Civil Veterinary Department Bihar reports 1936-40 - 1936-1940
Year: 1936
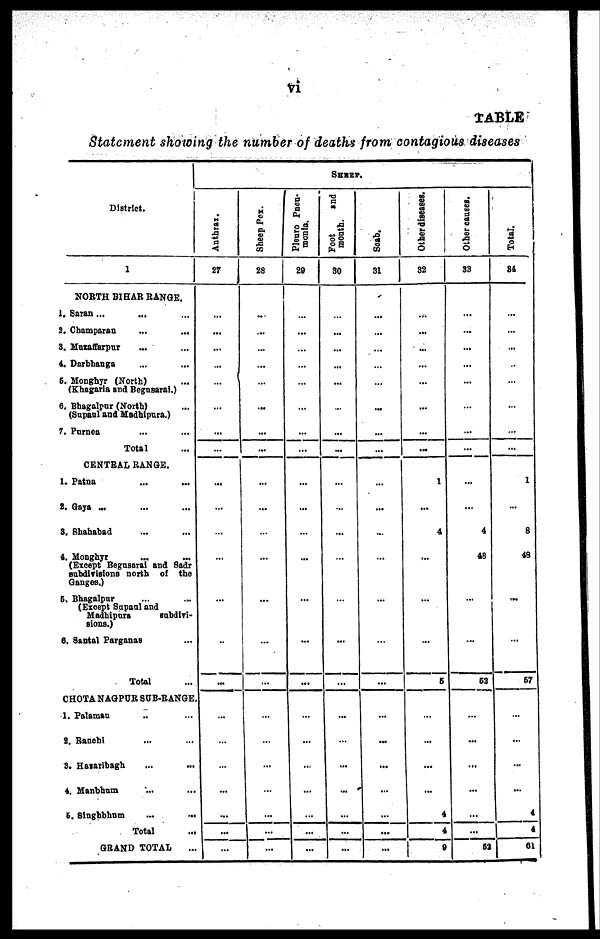
vi
TABLE
Statement showing the number of deaths from contagious diseases
District.
1
NORTH BIHAR RANGE.
1. Saran ... ... ...
2. Champaran ... ...
3. Mutaffarpur ... ...
4. Darbhanga ... ...
6. Monghyr (North) ...
(Khagaria and Begasarai.)
6. Bhagalpur (North) ...
(Supaul and Madhipura.)
7. Purnea ... ...
Total ...
CENTRAL RANGE.
1. Patna ... ...
2. Gaya ... ... ...
3. Shahabad ... ...
4. Monghyr
...
...
(Except Begnsarai and Sadr
subdivisions north of the
Ganges.)
5. Bhagalpur ... ...
(Except Supaul and
Madhipura
subdivi-
sions.)
6. Santal Parganas ...
Total
CHOTA NAGPUR SUE-RANGE.
1. Palaman ... ...
2. Ranchi ... ...
3. Hararibagh ... ...
4. Manbhum ... ...
6.
Singbbhum
...
...
Total
GRAND TOTAL ...
SHEEP.
Anthrax.
27
...
...
...
...
...
...
...
...
...
...
...
...
...
...
...
...
...
...
...
...
...
...
Sheep Pex.
28
...
...
...
...
...
...
...
...
...
...
...
...
...
...
...
...
...
...
...
...
...
...
Pleuro Pnen-
monia.
29
...
...
...
...
...
...
...
...
...
...
...
...
...
...
...
...
...
...
...
...
...
...
Foot
and
month.
30
...
...
...
...
...
...
...
...
...
...
...
...
...
...
...
...
...
...
...
...
...
...
Scab.
31
...
...
...
...
...
...
...
...
...
...
...
...
...
...
...
...
...
...
...
...
...
...
Other diseases.
32
...
...
...
...
...
...
...
...
1
...
4
...
...
...
5
...
...
...
...
4
4
9
Other causes.
33
...
...
...
...
...
...
...
...
...
...
4
48
...
...
63
...
...
...
...
...
...
52
Total.
34
...
...
...
...
...
...
...
...
1
...
8
48
...
...
67
...
...
...
...
4
4
61